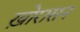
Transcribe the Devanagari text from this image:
ख़ोरासन